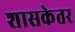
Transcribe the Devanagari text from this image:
शासकेतर